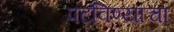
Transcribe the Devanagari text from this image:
पटविण्याचा